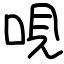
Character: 哯